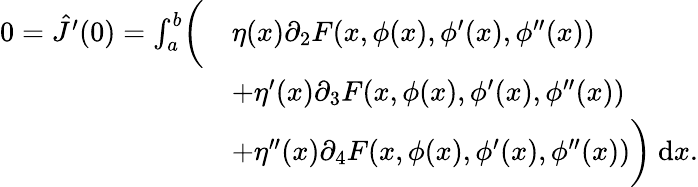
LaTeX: \begin{array}{rl}{0=\hat{J}^{\prime}(0)=\int_{a}^{b}\biggl(}&{\eta(x)\partial_{2}F(x,\phi(x),\phi^{\prime}(x),\phi^{\prime\prime}(x))}\\ &{+\eta^{\prime}(x)\partial_{3}F(x,\phi(x),\phi^{\prime}(x),\phi^{\prime\prime}(x))}\\ &{+\eta^{\prime\prime}(x)\partial_{4}F(x,\phi(x),\phi^{\prime}(x),\phi^{\prime\prime}(x))\biggr)~\mathrm{d}x.}\end{array}